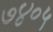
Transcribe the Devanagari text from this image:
७४०५